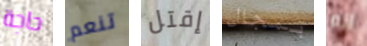
حاجة تنعم إقتل بمجال انه